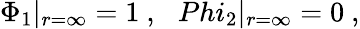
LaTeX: \Phi_{1}|_{r=\infty}=1\ ,\ \ \, Phi_{2}|_{r=\infty}=0\ ,